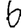
Digit: 6